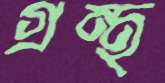
গ্রন্থ